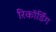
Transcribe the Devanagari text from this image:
रिकॉर्डिंग